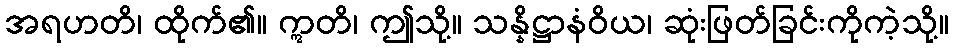
အရဟတိ၊ ထိုက်၏။ ဣတိ၊ ဤသို့။ သန္နိဋ္ဌာနံဝိယ၊ ဆုံးဖြတ်ခြင်းကိုကဲ့သို့။